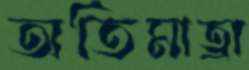
অতিমাত্রা